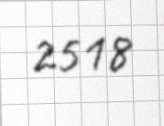
2518